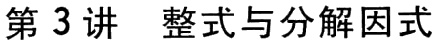
第 3 讲 整式与分解因式